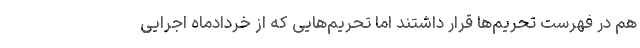
هم در فهرست تحریم‌ها قرار داشتند اما تحریم‌هایی که از خردادماه اجرایی